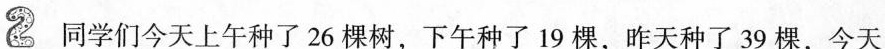
2 同学们今天上午种了26棵树，下午种了19棵，昨天种了39棵，今天